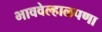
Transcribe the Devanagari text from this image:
भाववेल्हाळपणा